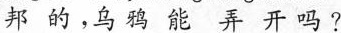
邦的，乌鸦能弄开吗？